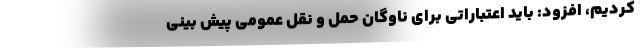
کردیم، افزود: باید اعتباراتی برای ناوگان حمل و نقل عمومی پیش بینی